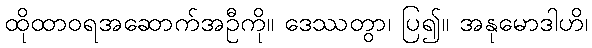
ထိုထာဝရအဆောက်အဦကို။ ဒေဿတွာ၊ ပြ၍။ အနုမောဒါဟိ၊